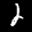
Label: 2